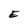
Character: E